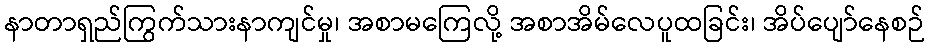
နာတာရှည်ကြွက်သားနာကျင်မှု၊ အစာမကြေလို့ အစာအိမ်လေပူထခြင်း၊ အိပ်ပျော်နေစဉ်